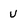
Character: u